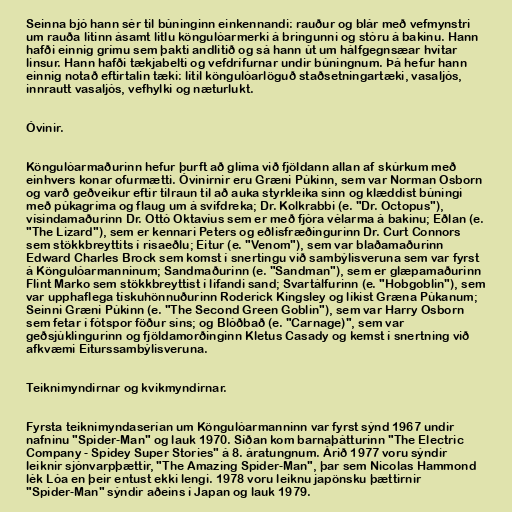
Seinna bjó hann sér til búninginn einkennandi: rauður og blár með vefmynstri
um rauða litinn ásamt litlu köngulóarmerki á bringunni og stóru á bakinu. Hann
hafði einnig grímu sem þakti andlitið og sá hann út um hálfgegnsæar hvítar
linsur. Hann hafði tækjabelti og vefdrífurnar undir búningnum. Þá hefur hann
einnig notað eftirtalin tæki: lítil köngulóarlöguð staðsetningartæki, vasaljós,
innrautt vasaljós, vefhylki og næturlukt.

Óvinir.

Köngulóarmaðurinn hefur þurft að glíma við fjöldann allan af skúrkum með
einhvers konar ofurmætti. Óvinirnir eru Græni Púkinn, sem var Norman Osborn
og varð geðveikur eftir tilraun til að auka styrkleika sinn og klæddist búningi
með púkagríma og flaug um á svifdreka; Dr. Kolkrabbi (e. "Dr. Octopus"),
vísindamaðurinn Dr. Ottó Oktavíus sem er með fjóra vélarma á bakinu; Eðlan (e.
"The Lizard"), sem er kennari Peters og eðlisfræðingurinn Dr. Curt Connors
sem stökkbreyttits í risaeðlu; Eitur (e. "Venom"), sem var blaðamaðurinn
Edward Charles Brock sem komst í snertingu við sambýlisveruna sem var fyrst
á Köngulóarmanninum; Sandmaðurinn (e. "Sandman"), sem er glæpamaðurinn
Flint Marko sem stökkbreyttist í lifandi sand; Svartálfurinn (e. "Hobgoblin"), sem
var upphaflega tískuhönnuðurinn Roderick Kingsley og líkist Græna Púkanum;
Seinni Græni Púkinn (e. "The Second Green Goblin"), sem var Harry Osborn
sem fetar í fótspor föður síns; og Blóðbað (e. "Carnage)", sem var
geðsjúklingurinn og fjöldamorðinginn Kletus Casady og kemst í snertning við
afkvæmi Eiturssambýlisveruna.

Teiknimyndirnar og kvikmyndirnar.

Fyrsta teiknimyndaserían um Köngulóarmanninn var fyrst sýnd 1967 undir
nafninu "Spider-Man" og lauk 1970. Síðan kom barnaþátturinn "The Electric
Company - Spidey Super Stories" á 8. áratungnum. Árið 1977 voru sýndir
leiknir sjónvarpþættir, "The Amazing Spider-Man", þar sem Nicolas Hammond
lék Lóa en þeir entust ekki lengi. 1978 voru leiknu japönsku þættirnir
"Spider-Man" sýndir aðeins í Japan og lauk 1979.